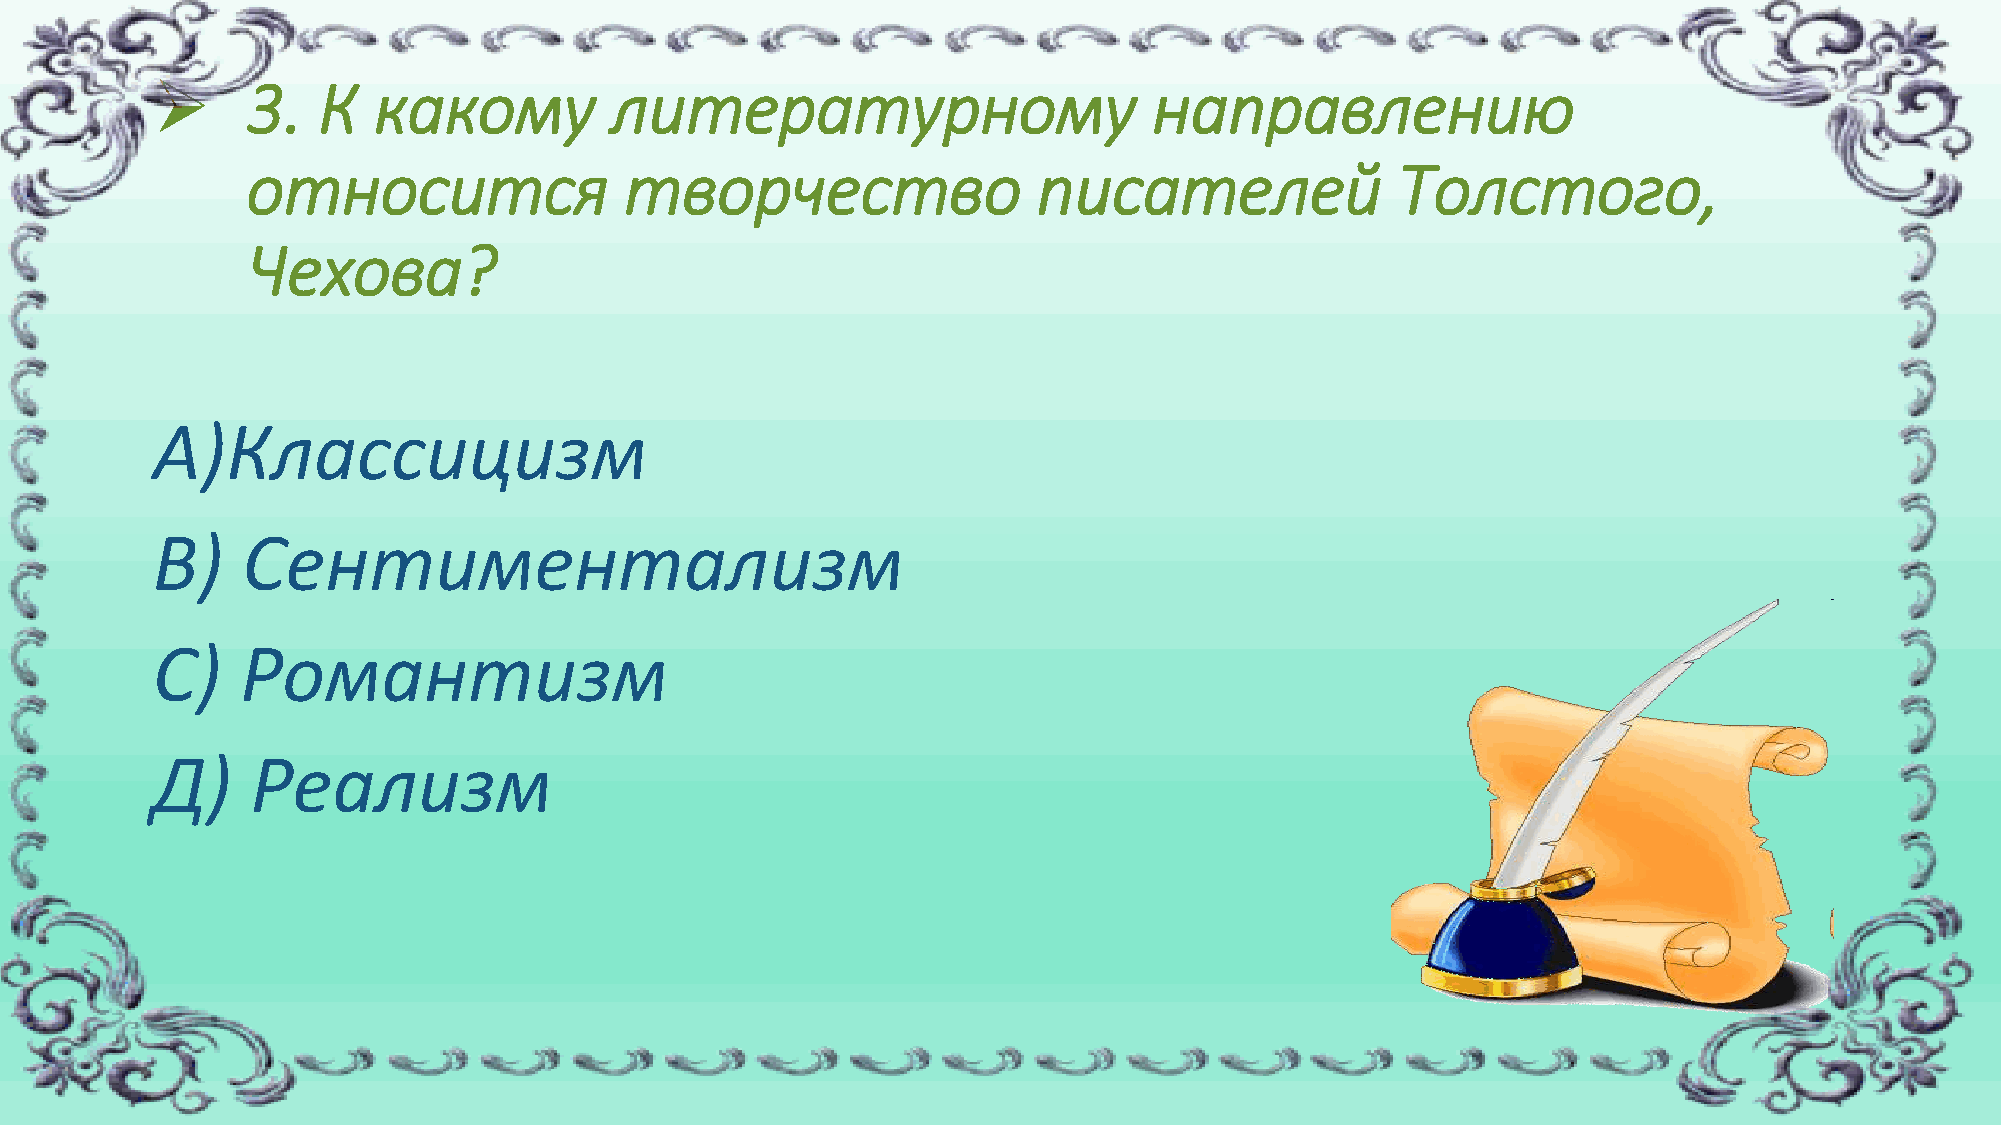
➢     3.   К   какому         литературному                       направлению
 относится                творчество                  писателей              Толстого,
 Чехова?
 А)Классицизм
 В)    Сентиментализм
 С)    Романтизм
 Д)     Реализм